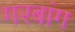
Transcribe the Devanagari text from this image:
गरबांग